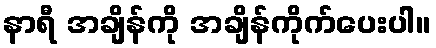
နာရီ အချိန်ကို အချိန်ကိုက်ပေးပါ။